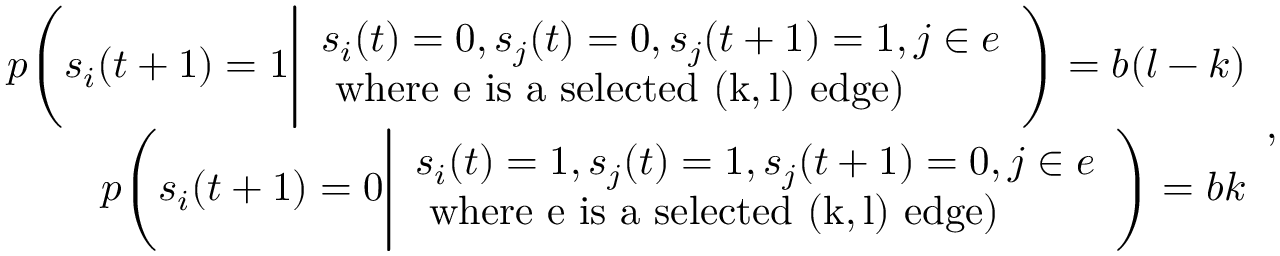
\begin{array} { r } { p \Bigg ( s _ { i } ( t + 1 ) = 1 \Bigg | \begin{array} { l } { s _ { i } ( t ) = 0 , s _ { j } ( t ) = 0 , s _ { j } ( t + 1 ) = 1 , j \in e } \\ { \mathrm { ~ w h e r e ~ e ~ i s ~ a ~ s e l e c t e d ~ ( k , l ) ~ e d g e } ) } \end{array} \Bigg ) = b ( l - k ) } \\ { p \Bigg ( s _ { i } ( t + 1 ) = 0 \Bigg | \begin{array} { l } { s _ { i } ( t ) = 1 , s _ { j } ( t ) = 1 , s _ { j } ( t + 1 ) = 0 , j \in e } \\ { \mathrm { ~ w h e r e ~ e ~ i s ~ a ~ s e l e c t e d ~ ( k , l ) ~ e d g e } ) } \end{array} \Bigg ) = b k } \end{array} ,